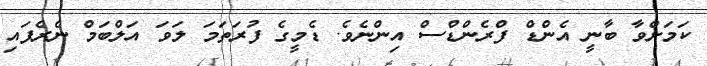
ކަމަށްވާ ބާނީ އެންޑް ފްރެންޑްސް އިންނެވެ. ޑެމީގެ ފުރަތަމަ ލަވަ އަލްބަމް ނެރެފައި